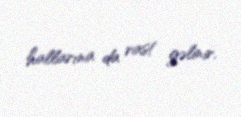
hallarına da rast gəlinir.